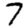
Digit: 7